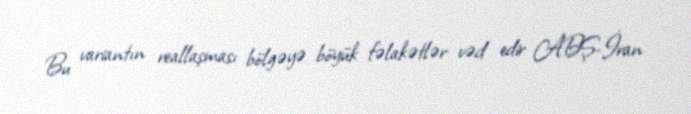
Bu variantın reallaşması bölgəyə böyük fəlakətlər vəd edir ABŞ-İran